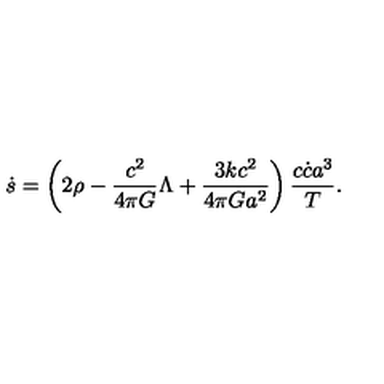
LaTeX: \dot { s } = \left( 2 \rho - { \frac { c ^ { 2 } } { 4 \pi G } } \Lambda + { \frac { 3 k c ^ { 2 } } { 4 \pi G a ^ { 2 } } } \right) { \frac { c \dot { c } a ^ { 3 } } { T } } .